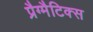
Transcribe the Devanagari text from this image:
प्रैग्मैटिक्स